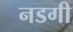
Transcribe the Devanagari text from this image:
नडगी